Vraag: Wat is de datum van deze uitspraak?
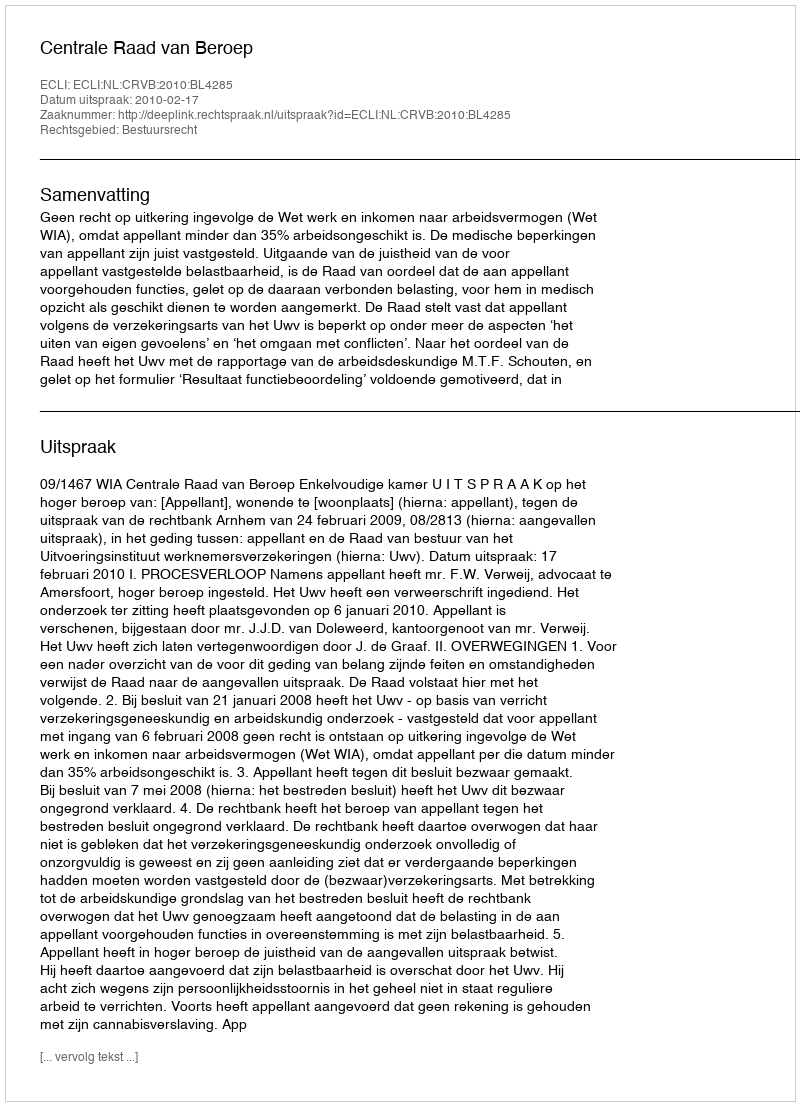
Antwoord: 2010-02-17